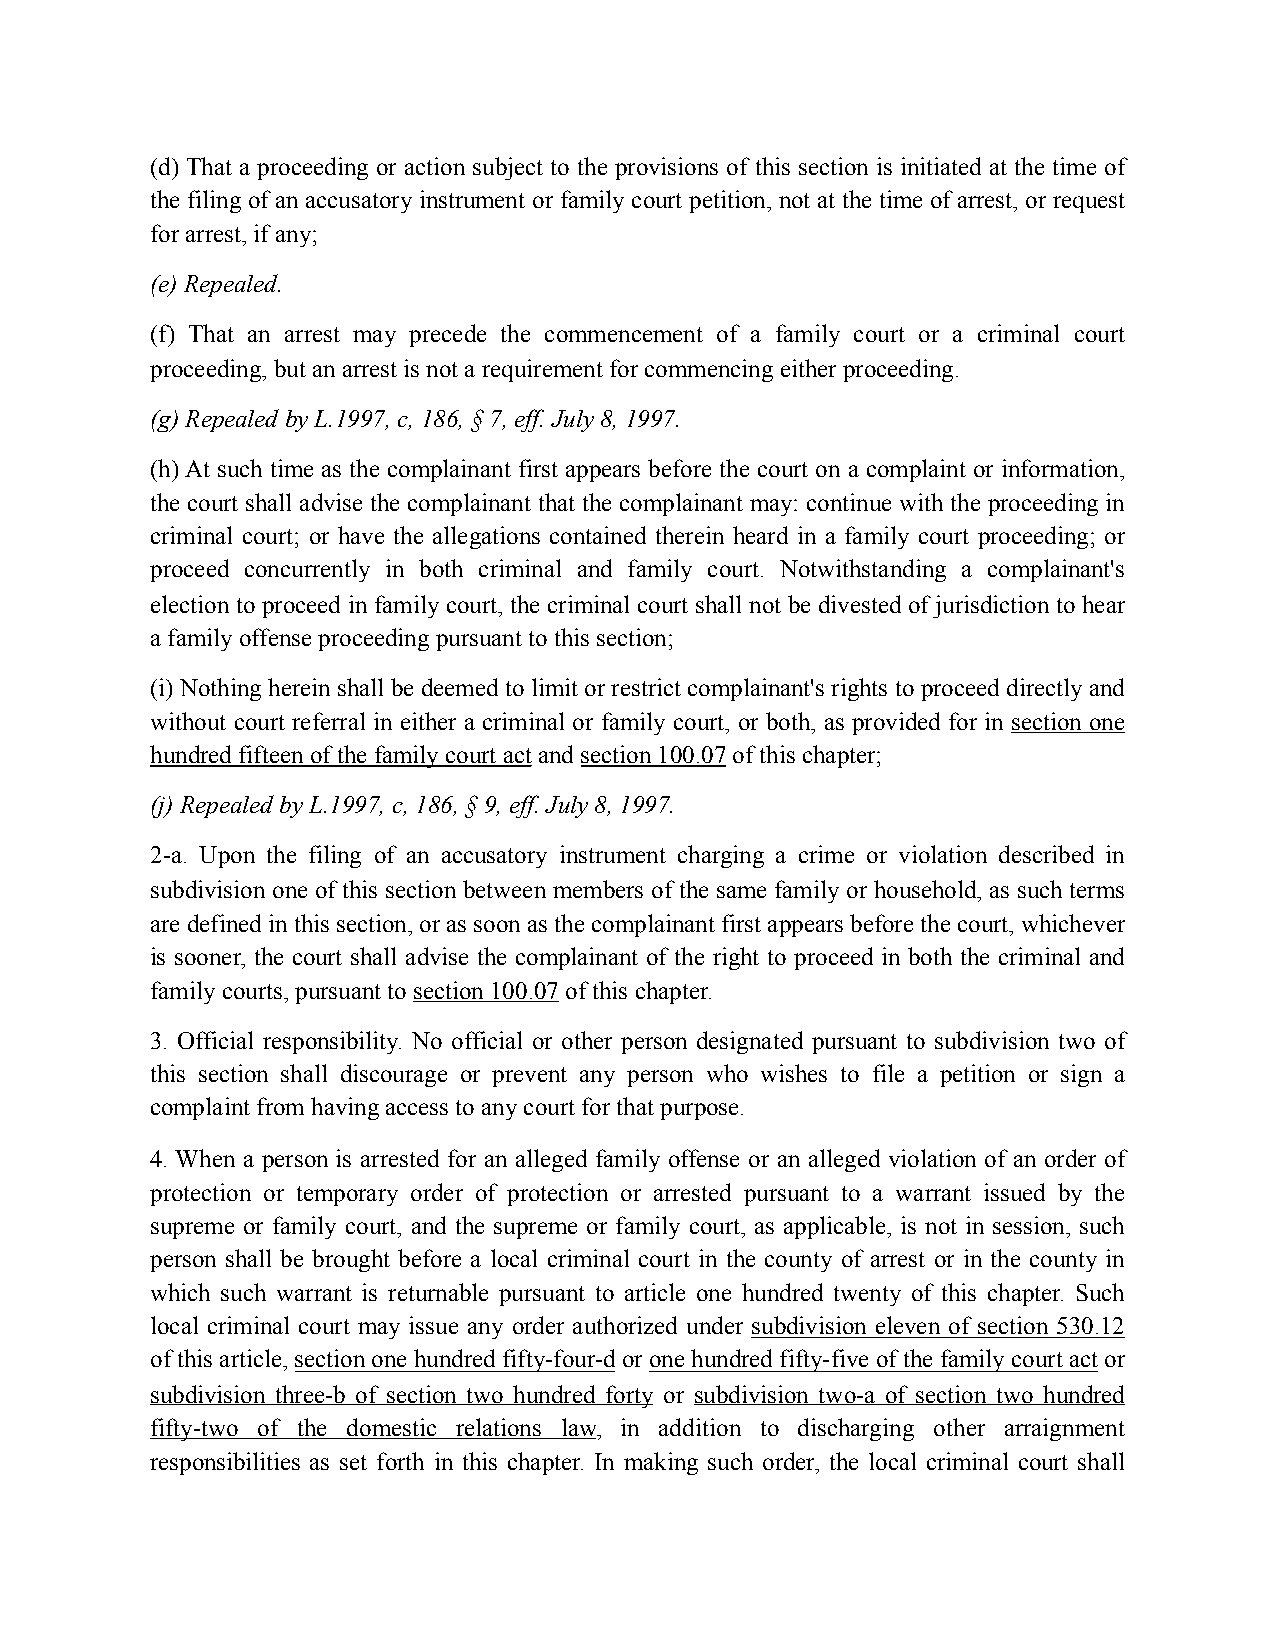
(d) That a proceeding or action subject to the provisions of this section is initiated at the time of
 the filing of an accusatory instrument or family court petition, not at the time of arrest, or request
 for arrest, if any;
 (e) Repealed.
 (f) That an arrest may precede the commencement of a family court or a criminal court
 proceeding, but an arrest is not a requirement for commencing either proceeding.
 (g) Repealed by L.1997, c, 186, § 7, eff. July 8, 1997.
 (h) At such time as the complainant first appears before the court on a complaint or information,
 the court shall advise the complainant that the complainant may: continue with the proceeding in
 criminal court; or have the allegations contained therein heard in a family court proceeding; or
 proceed concurrently in both criminal and family court. Notwithstanding a complainant's
 election to proceed in family court, the criminal court shall not be divested of jurisdiction to hear
 a family offense proceeding pursuant to this section;
 (i) Nothing herein shall be deemed to limit or restrict complainant's rights to proceed directly and
 without court referral in either a criminal or family court, or both, as provided for in section one
 hundred fifteen of the family court act and section 100.07 of this chapter;
 (j) Repealed by L.1997, c, 186, § 9, eff. July 8, 1997.
 2-a. Upon the filing of an accusatory instrument charging a crime or violation described in
 subdivision one of this section between members of the same family or household, as such terms
 are defined in this section, or as soon as the complainant first appears before the court, whichever
 is sooner, the court shall advise the complainant of the right to proceed in both the criminal and
 family courts, pursuant to section 100.07 of this chapter.
 3. Official responsibility. No official or other person designated pursuant to subdivision two of
 this section shall discourage or prevent any person who wishes to file a petition or sign a
 complaint from having access to any court for that purpose.
 4. When a person is arrested for an alleged family offense or an alleged violation of an order of
 protection or temporary order of protection or arrested pursuant to a warrant issued by the
 supreme or family court, and the supreme or family court, as applicable, is not in session, such
 person shall be brought before a local criminal court in the county of arrest or in the county in
 which such warrant is returnable pursuant to article one hundred twenty of this chapter. Such
 local criminal court may issue any order authorized under subdivision eleven of section 530.12
 of this article, section one hundred fifty-four-d or one hundred fifty-five of the family court act or
 subdivision three-b of section two hundred forty or subdivision two-a of section two hundred
 fifty-two of the domestic relations law, in addition to discharging other arraignment
 responsibilities as set forth in this chapter. In making such order, the local criminal court shall